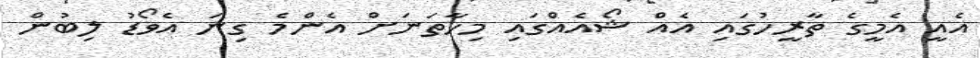
އެއީ އެމީގެ ތާރީހުގައި އެއް ޝޯއެއްގައި މިހާތަނަށް އެންމެ ގިނަ އެވޯޑު ލިބުން